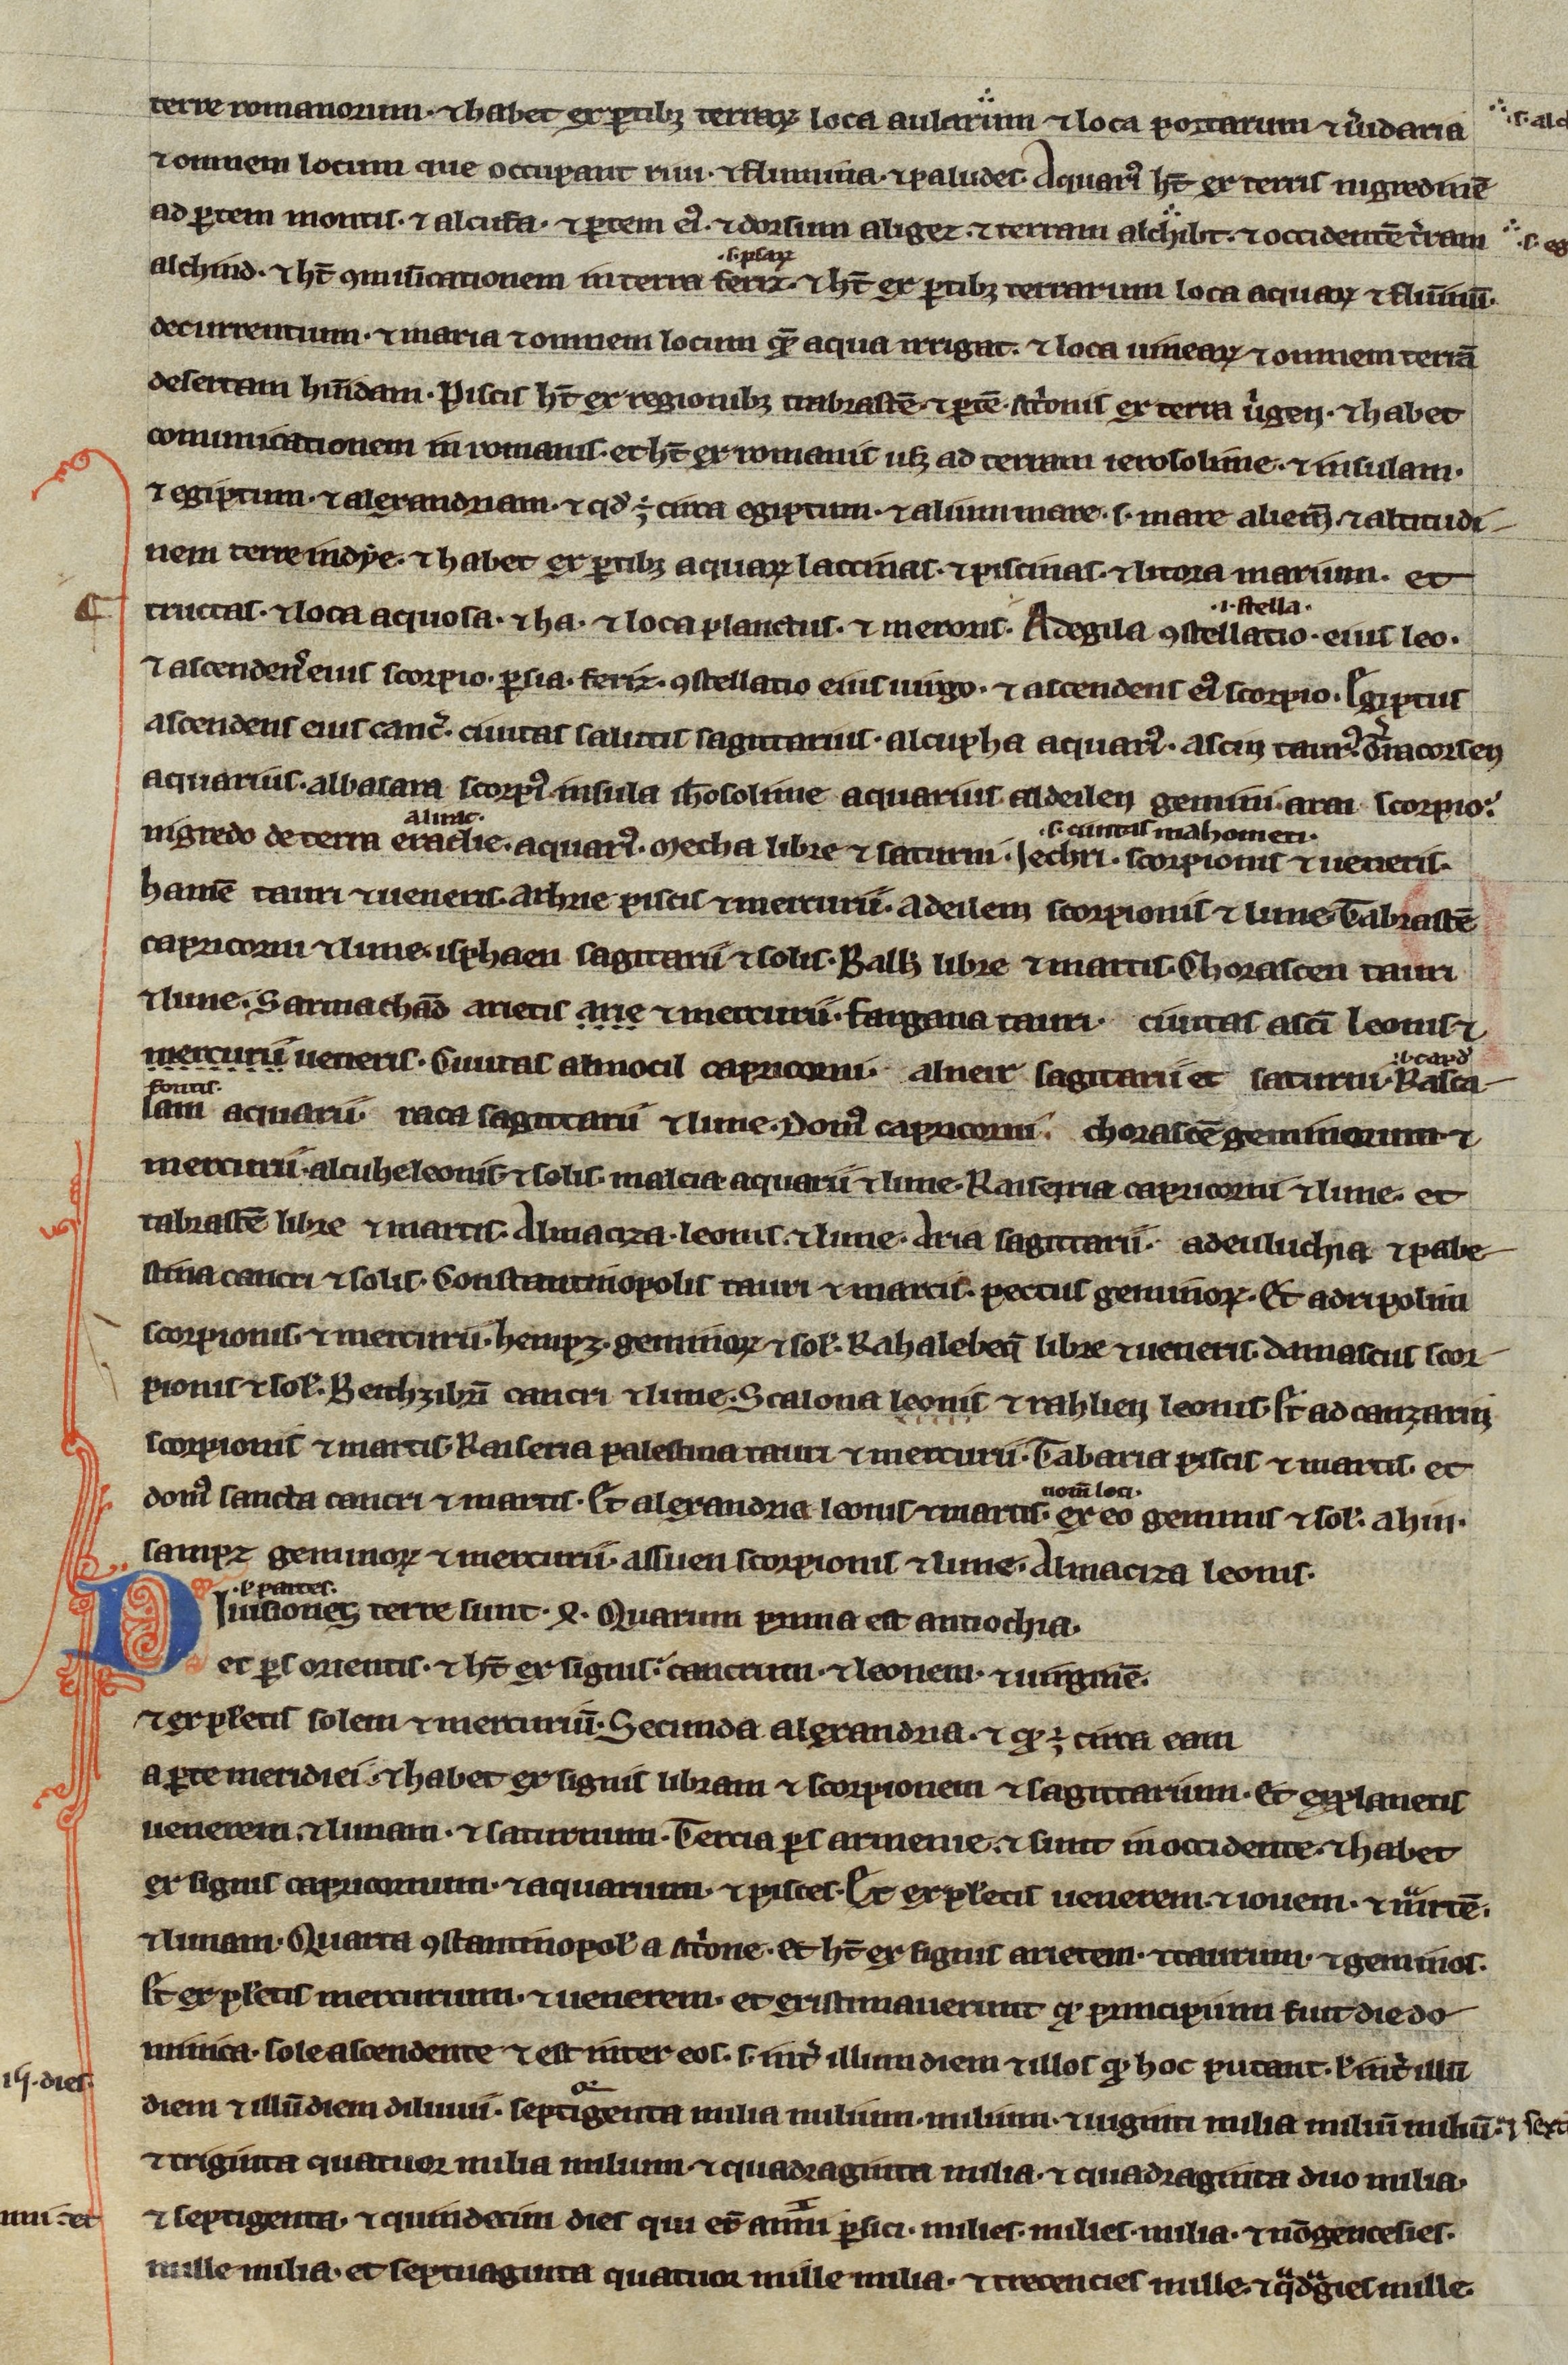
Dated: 1200–1299